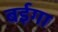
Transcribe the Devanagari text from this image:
बईगा